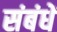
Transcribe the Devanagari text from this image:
संबंधें